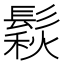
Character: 鬏